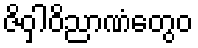
ဇိဝှါဝိညာဏံတွေဝ